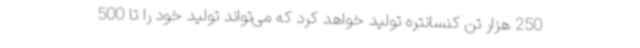
250 هزار تن کنسانتره تولید خواهد کرد که می‌تواند تولید خود را تا 500